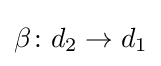
\beta \colon d_{2}\to d_{1}